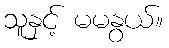
သူနှင့် မမနွယ်။